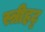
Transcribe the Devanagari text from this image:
स्त्रीहट्ट